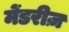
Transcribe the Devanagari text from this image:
मेंडरीज़